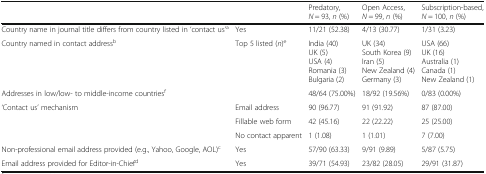
|  |  | Predatory, N = 93, n (%) | Open Access, N = 99, n (%) | Subscription-based, N = 100, n (%) |
 | --- | --- | --- | --- | --- |
 | Country name in journal title differs from country listed in ‘contact us’a | Yes | 11/21 (52.38) | 4/13 (30.77) | 1/31 (3.23) |
 | Country named in contact addressb | Top 5 listed (n)e | India (40)UK (5)USA (4)Romania (3)Bulgaria (2) | UK (34)South Korea (9)Iran (5)New Zealand (4)Germany (3) | USA (66)UK (16)Australia (1)Canada (1)New Zealand (1) |
 | Addresses in low/low- to middle-income countriesf |  | 48/64 (75.00%) | 18/92 (19.56%) | 0/83 (0.00%) |
 | <ROWSPAN=3> ‘Contact us’ mechanism | Email address | 90 (96.77) | 91 (91.92) | 87 (87.00) |
 | Fillable web form | 42 (45.16) | 22 (22.22) | 25 (25.00) |
 | No contact apparent | 1 (1.08) | 1 (1.01) | 7 (7.00) |
 | Non-professional email address provided (e.g., Yahoo, Google, AOL)c | Yes | 57/90 (63.33) | 9/91 (9.89) | 5/87 (5.75) |
 | Email address provided for Editor-in-Chiefd | Yes | 39/71 (54.93) | 23/82 (28.05) | 29/91 (31.87) |